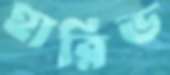
হারিড